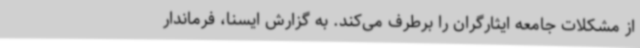
از مشکلات جامعه ایثارگران را برطرف می‌کند. به گزارش ایسنا، فرماندار